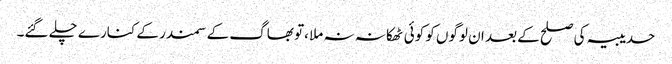
حدیبیہ کی صلح کے بعد ان لوگوں کو کوئی ٹھکانہ نہ ملا ،تو بھاگ کے سمندر کے کنارے چلے گئے۔